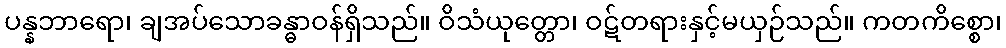
ပန္နဘာရော၊ ချအပ်သောခန္ဓာဝန်ရှိသည်။ ဝိသံယုတ္တော၊ ဝဋ်တရားနှင့်မယှဉ်သည်။ ကတကိစ္စော၊